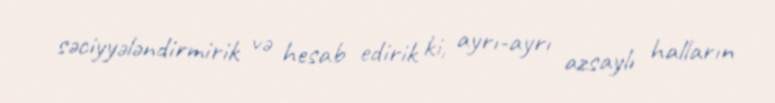
səciyyələndirmirik və hesab edirik ki, ayrı-ayrı azsaylı halların